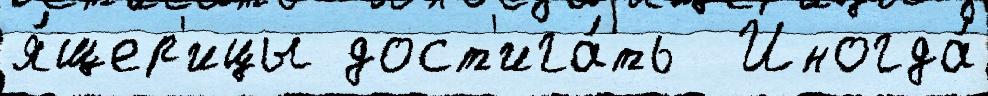
я́щер'ицы дост'ига́ть  Иногда́